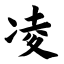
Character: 凌